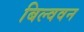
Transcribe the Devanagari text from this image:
बिल्ववन